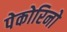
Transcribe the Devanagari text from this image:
पेकोरिनो